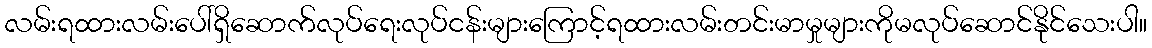
လမ်းရထားလမ်းပေါ်ရှိဆောက်လုပ်ရေးလုပ်ငန်းများကြောင့်ရထားလမ်းတင်းမာမှုများကိုမလုပ်ဆောင်နိုင်သေးပါ။